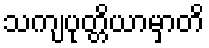
သကျပုတ္တိယာမှာတိ